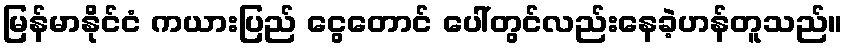
မြန်မာနိုင်ငံ ကယားပြည် ငွေတောင် ပေါ်တွင်လည်းနေခဲ့ဟန်တူသည်။